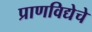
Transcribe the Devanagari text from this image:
प्राणविद्येचे